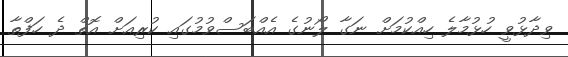
ވިދާޅުވީ ހުޅުމާލެ ހިއްކުމަށް ނަގާ ލޯނުގެ އެއްބަސްވުމުގައި ކުރިއަށް އޮތް ދެ ހަފްތާ